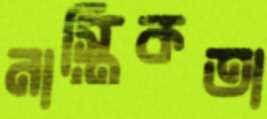
নাস্তিকতা